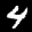
Label: 4